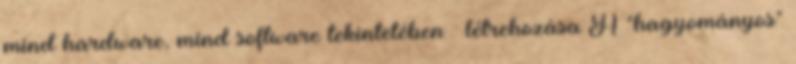
mind hardware, mind software tekintetében – létrehozása A "hagyományos"